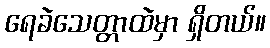
ရေခဲသေတ္တာထဲမှာ ရှိတယ်။